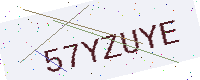
Text: 57YZUYE